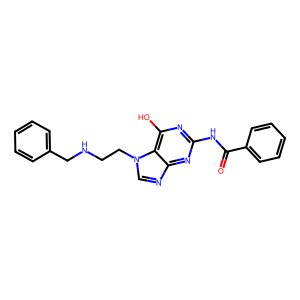
SMILES: O=C(Nc1nc(O)c2c(ncn2CCNCc2ccccc2)n1)c1ccccc1
Inhibits HIV replication: No